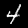
Label: 4